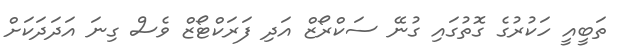
ތަބީއީ ހަކުރުގެ ގޮތުގައި ގުނޭ ސަކްރޯޒް އަދި ފަރަކްޓޯޒް ވެސް ގިނަ އަދަދަކަށް